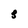
Character: 3